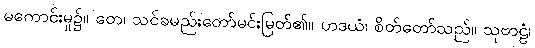
မကောင်းမှု၌။ တေ၊ သင်ခမည်းတော်မင်းမြတ်၏။ ဟဒယံ၊ စိတ်တော်သည်။ သုဗာဠံ၊